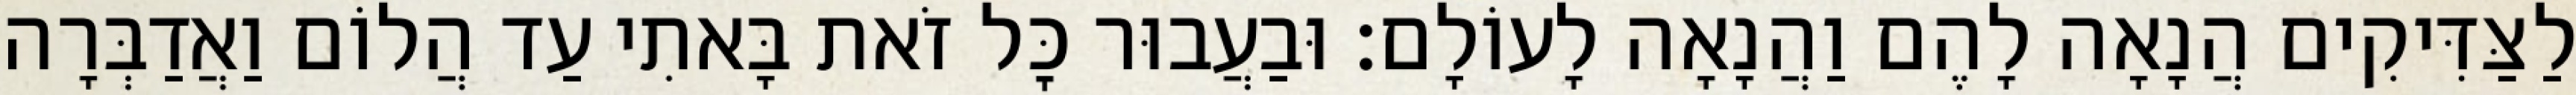
לַצַּדִּיקִים הֲנָאָה לָהֶם וַהֲנָאָה לָעוֹלָם: וּבַעֲבוּר כׇּל זֹאת בָּאתִי עַד הֲלוֹם וַאֲדַבְּרָה